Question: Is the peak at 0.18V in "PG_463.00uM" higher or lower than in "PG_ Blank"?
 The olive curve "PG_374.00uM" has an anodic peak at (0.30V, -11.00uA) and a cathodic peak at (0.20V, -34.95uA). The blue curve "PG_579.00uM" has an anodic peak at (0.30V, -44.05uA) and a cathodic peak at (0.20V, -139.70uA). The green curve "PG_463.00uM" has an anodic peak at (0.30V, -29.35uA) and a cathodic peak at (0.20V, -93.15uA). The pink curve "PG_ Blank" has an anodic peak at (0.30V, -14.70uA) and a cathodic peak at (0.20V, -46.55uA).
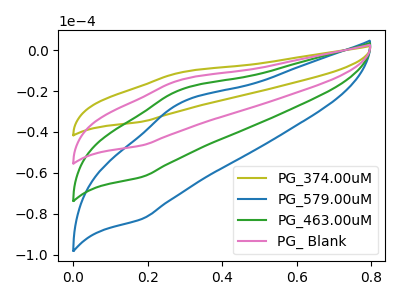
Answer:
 <answer>The peak at 0.18V is higher in "PG_463.00uM" than in "PG_ Blank".</answer>
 <eval>higher</eval>